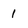
Character: 1